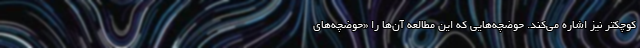
کوچکتر نیز اشاره می‌کند. حوضچه‌هایی که این مطالعه آن‌ها را «حوضچه‌های